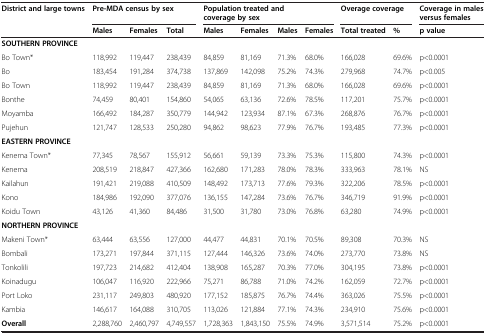
<table><thead><tr><td rowspan="2"><b>District and large towns</b></td><td colspan="3"><b>Pre-MDA census by sex</b></td><td colspan="4"><b>Population treated and coverage by sex</b></td><td colspan="2"><b>Overage coverage</b></td><td><b>Coverage in males versus females</b></td></tr><tr><td><b>Males</b></td><td><b>Females</b></td><td><b>Total</b></td><td><b>Males</b></td><td><b>Females</b></td><td><b>Males</b></td><td><b>Females</b></td><td><b>Total treated</b></td><td><b>%</b></td><td><b>p value</b></td></tr></thead><tbody><tr><td><b>SOUTHERN PROVINCE</b></td><td> </td><td> </td><td> </td><td> </td><td> </td><td> </td><td> </td><td> </td><td> </td><td> </td></tr><tr><td>Bo Town*</td><td>118,992</td><td>119,447</td><td>238,439</td><td>84,859</td><td>81,169</td><td>71.3%</td><td>68.0%</td><td>166,028</td><td>69.6%</td><td>p&lt;0.0001</td></tr><tr><td>Bo</td><td>183,454</td><td>191,284</td><td>374,738</td><td>137,869</td><td>142,098</td><td>75.2%</td><td>74.3%</td><td>279,968</td><td>74.7%</td><td>p&lt;0.005</td></tr><tr><td>Bo Town</td><td>118,992</td><td>119,447</td><td>238,439</td><td>84,859</td><td>81,169</td><td>71.3%</td><td>68.0%</td><td>166,028</td><td>69.6%</td><td>p&lt;0.0001</td></tr><tr><td>Bonthe</td><td>74,459</td><td>80,401</td><td>154,860</td><td>54,065</td><td>63,136</td><td>72.6%</td><td>78.5%</td><td>117,201</td><td>75.7%</td><td>p&lt;0.0001</td></tr><tr><td>Moyamba</td><td>166,492</td><td>184,287</td><td>350,779</td><td>144,942</td><td>123,934</td><td>87.1%</td><td>67.3%</td><td>268,876</td><td>76.7%</td><td>p&lt;0.0001</td></tr><tr><td>Pujehun</td><td>121,747</td><td>128,533</td><td>250,280</td><td>94,862</td><td>98,623</td><td>77.9%</td><td>76.7%</td><td>193,485</td><td>77.3%</td><td>p&lt;0.0001</td></tr><tr><td><b>EASTERN PROVINCE</b></td><td> </td><td> </td><td> </td><td> </td><td> </td><td> </td><td> </td><td> </td><td> </td><td> </td></tr><tr><td>Kenema Town*</td><td>77,345</td><td>78,567</td><td>155,912</td><td>56,661</td><td>59,139</td><td>73.3%</td><td>75.3%</td><td>115,800</td><td>74.3%</td><td>p&lt;0.0001</td></tr><tr><td>Kenema</td><td>208,519</td><td>218,847</td><td>427,366</td><td>162,680</td><td>171,283</td><td>78.0%</td><td>78.3%</td><td>333,963</td><td>78.1%</td><td>NS</td></tr><tr><td>Kailahun</td><td>191,421</td><td>219,088</td><td>410,509</td><td>148,492</td><td>173,713</td><td>77.6%</td><td>79.3%</td><td>322,206</td><td>78.5%</td><td>p&lt;0.0001</td></tr><tr><td>Kono</td><td>184,986</td><td>192,090</td><td>377,076</td><td>136,155</td><td>147,284</td><td>73.6%</td><td>76.7%</td><td>346,719</td><td>91.9%</td><td>p&lt;0.0001</td></tr><tr><td>Koidu Town</td><td>43,126</td><td>41,360</td><td>84,486</td><td>31,500</td><td>31,780</td><td>73.0%</td><td>76.8%</td><td>63,280</td><td>74.9%</td><td>p&lt;0.0001</td></tr><tr><td><b>NORTHERN PROVINCE</b></td><td> </td><td> </td><td> </td><td> </td><td> </td><td> </td><td> </td><td> </td><td> </td><td> </td></tr><tr><td>Makeni Town*</td><td>63,444</td><td>63,556</td><td>127,000</td><td>44,477</td><td>44,831</td><td>70.1%</td><td>70.5%</td><td>89,308</td><td>70.3%</td><td>NS</td></tr><tr><td>Bombali</td><td>173,271</td><td>197,844</td><td>371,115</td><td>127,444</td><td>146,326</td><td>73.6%</td><td>74.0%</td><td>273,770</td><td>73.8%</td><td>NS</td></tr><tr><td>Tonkolili</td><td>197,723</td><td>214,682</td><td>412,404</td><td>138,908</td><td>165,287</td><td>70.3%</td><td>77.0%</td><td>304,195</td><td>73.8%</td><td>p&lt;0.0001</td></tr><tr><td>Koinadugu</td><td>106,047</td><td>116,920</td><td>222,966</td><td>75,271</td><td>86,788</td><td>71.0%</td><td>74.2%</td><td>162,059</td><td>72.7%</td><td>p&lt;0.0001</td></tr><tr><td>Port Loko</td><td>231,117</td><td>249,803</td><td>480,920</td><td>177,152</td><td>185,875</td><td>76.7%</td><td>74.4%</td><td>363,026</td><td>75.5%</td><td>p&lt;0.0001</td></tr><tr><td>Kambia</td><td>146,617</td><td>164,088</td><td>310,705</td><td>113,026</td><td>121,884</td><td>77.1%</td><td>74.3%</td><td>234,910</td><td>75.6%</td><td>p&lt;0.0001</td></tr><tr><td><b>Overall</b></td><td>2,288,760</td><td>2,460,797</td><td>4,749,557</td><td>1,728,363</td><td>1,843,150</td><td>75.5%</td><td>74.9%</td><td>3,571,514</td><td>75.2%</td><td>p&lt;0.0001</td></tr></tbody></table>